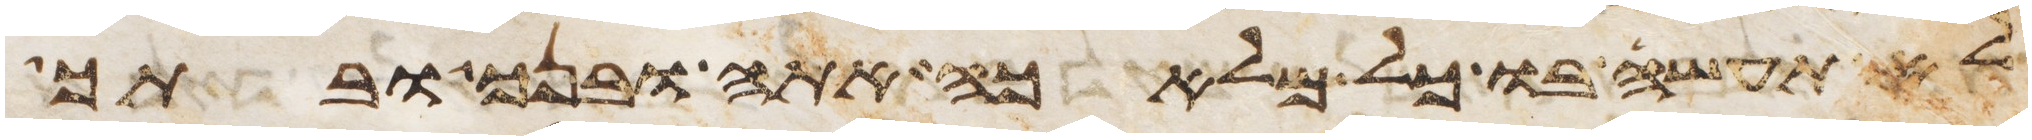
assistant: לא תעשה בו כל מלאכה אתה ובנך ובתך